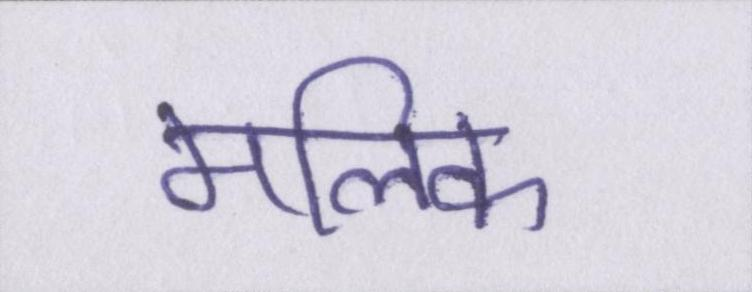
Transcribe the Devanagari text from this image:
मलिक